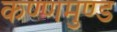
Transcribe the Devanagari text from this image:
कण्णमुण्ड